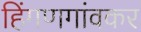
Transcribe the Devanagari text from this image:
हिंगणगांवकर